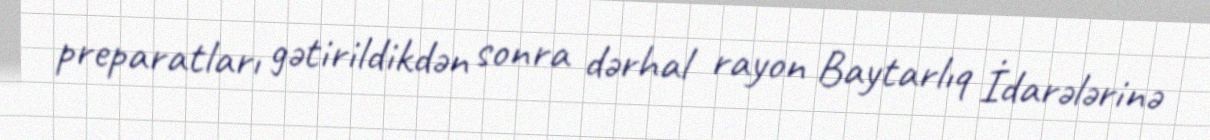
preparatları gətirildikdən sonra dərhal rayon Baytarlıq İdarələrinə